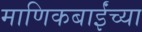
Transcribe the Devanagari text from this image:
माणिकबाईंच्या